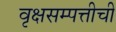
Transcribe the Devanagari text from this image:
वृक्षसम्पत्तीची